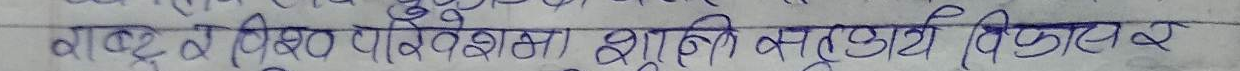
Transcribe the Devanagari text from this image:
नाट्य व विश्व परिवेशमा शैली अनुसार विकसित र